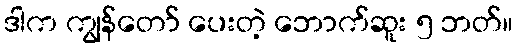
ဒါက ကျွန်တော် ပေးတဲ့ ဘောက်ဆူး ၅ ဘတ်။